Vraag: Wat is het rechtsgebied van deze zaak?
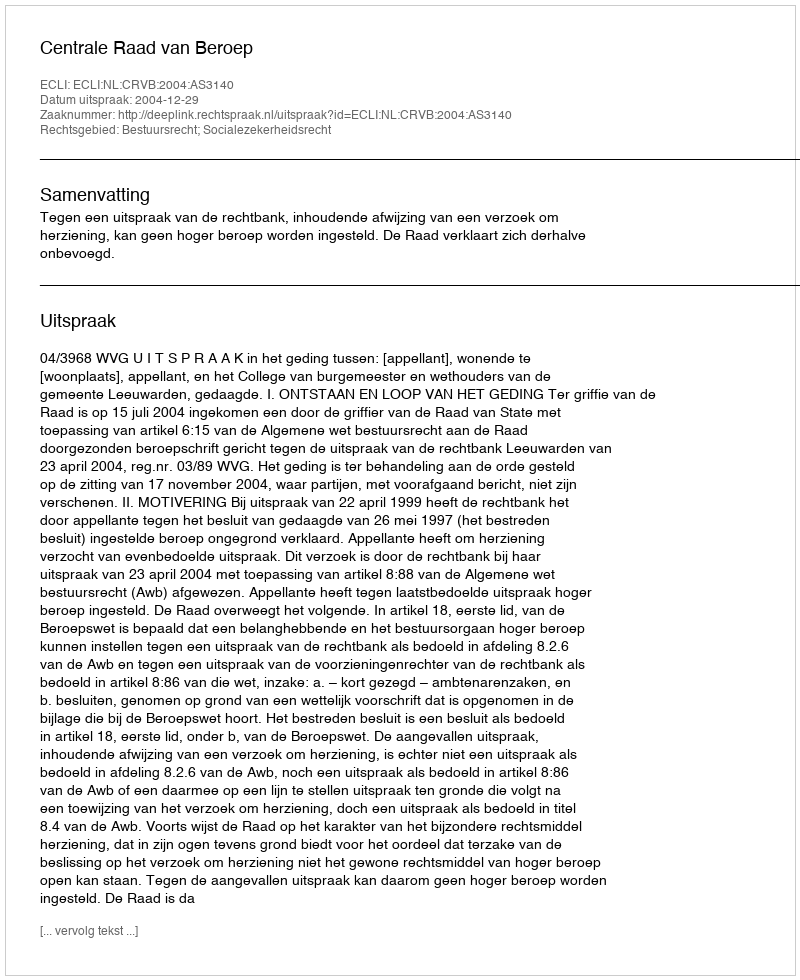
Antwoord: Bestuursrecht; Socialezekerheidsrecht